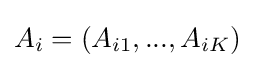
A_{i}=(A_{i1},...,A_{iK})